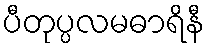
ပီတုပ္ပလမဓာရိနီ